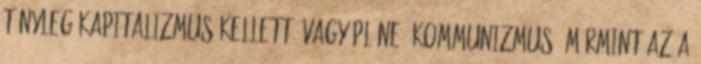
tényleg kapitalizmus kellett? Vagy pláne: kommunizmus? Mármint az a